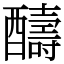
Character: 醻